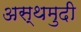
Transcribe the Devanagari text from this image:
अस्थमुदी